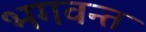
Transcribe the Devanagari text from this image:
भगवन्‍त